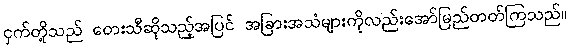
ငှက်တို့သည် တေးသီဆိုသည့်အပြင် အခြားအသံများကိုလည်းအော်မြည်တတ်ကြသည်။